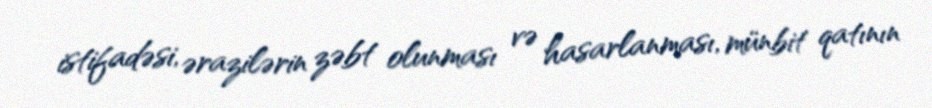
istifadəsi, ərazilərin zəbt olunması və hasarlanması, münbit qatının